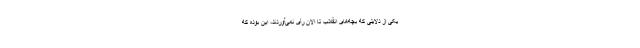
یکی از دلایلی که بچه‌های انقلاب تا الان رأی نمی‌آوردند، این بوده که